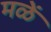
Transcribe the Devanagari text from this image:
मळें